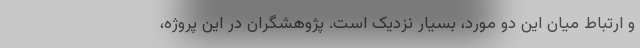
و ارتباط میان این دو مورد، بسیار نزدیک است. پژوهشگران در این پروژه،